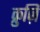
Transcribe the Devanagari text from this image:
क्रुज़ि